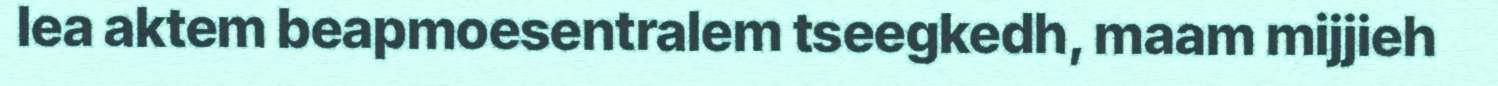
lea aktem beapmoesentralem tseegkedh, maam mijjieh